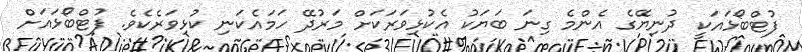
ފުޓްބޯޅައަކީ ދުނިޔޭގެ އެންމެ ގިނަ ބަޔަކު އެކުޅިވަރަކަށް މަރުދޭ ހަމައެކަނި ކުޅިވަރެކެވެ. ފުޓްބޯޅައަށް